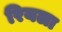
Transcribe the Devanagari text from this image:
रियला